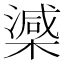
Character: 𣚘